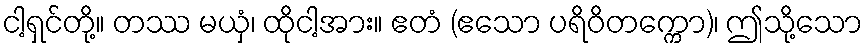
ငါ့ရှင်တို့။ တဿ မယှံ၊ ထိုငါ့အား။ ဧတံ (ဧသော ပရိဝိတက္ကော)၊ ဤသို့သော